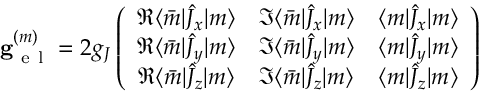
\mathbf { g } _ { \mathrm { ~ e ~ l ~ } } ^ { ( m ) } = 2 g _ { J } \left( \begin{array} { c c c } { \Re \langle \bar { m } | \hat { J } _ { x } | m \rangle } & { \Im \langle \bar { m } | \hat { J } _ { x } | m \rangle } & { \langle m | \hat { J } _ { x } | m \rangle } \\ { \Re \langle \bar { m } | \hat { J } _ { y } | m \rangle } & { \Im \langle \bar { m } | \hat { J } _ { y } | m \rangle } & { \langle m | \hat { J } _ { y } | m \rangle } \\ { \Re \langle \bar { m } | \hat { J } _ { z } | m \rangle } & { \Im \langle \bar { m } | \hat { J } _ { z } | m \rangle } & { \langle m | \hat { J } _ { z } | m \rangle } \end{array} \right)